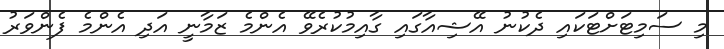
މި ސަމިޓަށްޓަކައި ދެކުނު އޭޝިއާގައި ގާއިމުކުރެވޭ އެންމެ ޒަމާނީ އަދި އެންމެ ފެންވަރު